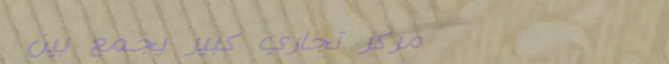
مركز تجاري كبير يجمع بين